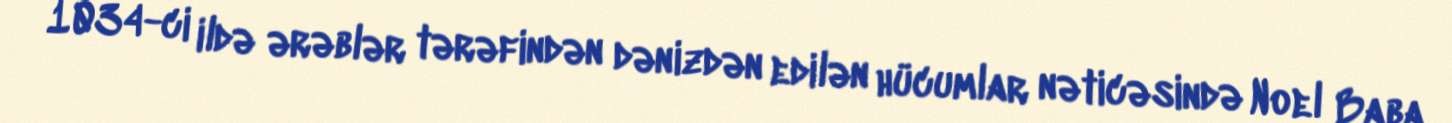
1034-ci ildə ərəblər tərəfindən dənizdən edilən hücumlar nəticəsində Noel Baba